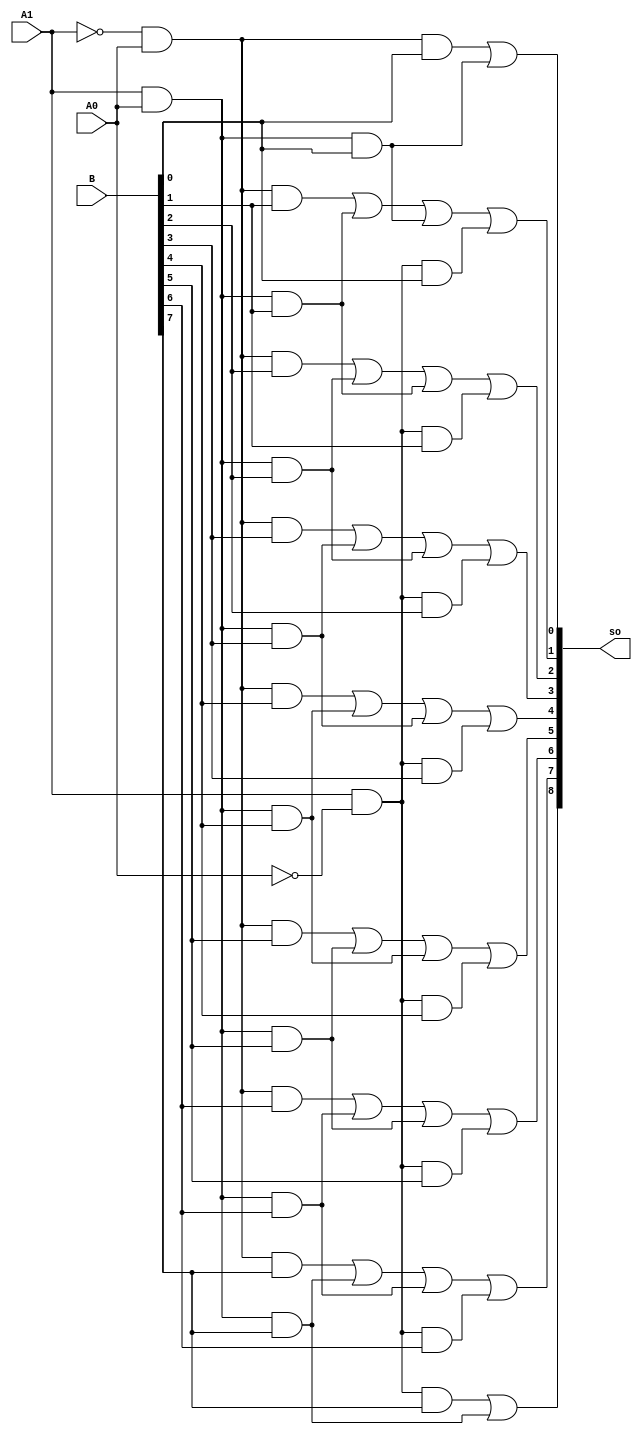
`timescale 1ns / 1ps

module decoderbasedLPM(B,A1,A0,so);

        input [7:0] B;
         input  A0;
         input A1;
        output [8:0] so;
     
   
        wire NB0,NB1,aB,Ab,AB,ap8,ap81,k1,a2,a3,a4,a5;            // always defined
     
  
        //Decoder part
        not X(NB0,A0);
        not Y(NB1,A1);
        and Ak(aB,NB1,A0);
        and Ak1(Ab,A1,NB0);
        and Ak2(AB,A1,A0);
    
   //s0
        
            and aIk0(a3,aB,B[0]);
                and akI0(a4,AB,B[0]);
                or akk0(so[0],a3,a4);
      //calculation of p7 till p1
  //s1
             and ak(k1,aB,B[1]);
             and aI(a2,AB,B[1]);
             and aIk(a31,AB,B[0]);
             and akI(a41,Ab,B[0]);
             or akk(so[1],k1,a2,a31,a41);
             
   //s2
                and ak1(k12,aB,B[2]);
   and aI1(a22,AB,B[2]);
   and aIk1(a32,AB,B[1]);
   and akI1(a42,Ab,B[1]);
   or akk1(so[2],k12,a22,a32,a42);
//s3
     and ak2(k13,aB,B[3]);
        and aI2(a23,AB,B[3]);
        and aIk2(a33,AB,B[2]);
        and akI2(a43,Ab,B[2]);
        or akk2(so[3],k13,a23,a33,a43);
//s4
            and ak3(k14,aB,B[4]);
        and aI3(a24,AB,B[4]);
        and aIk3(a34,AB,B[3]);
        and akI3(a44,Ab,B[3]);
        or akk3(so[4],k14,a24,a34,a44);
//s5    
     and ak4(k15,aB,B[5]);
        and aI4(a25,AB,B[5]);
        and aIk4(a35,AB,B[4]);
        and akI4(a45,Ab,B[4]);
        or akk4(so[5],k15,a25,a35,a45);
//s6
     and ak5(k16,aB,B[6]);
        and aI5(a26,AB,B[6]);
        and aIk5(a36,AB,B[5]);
        and akI5(a46,Ab,B[5]);
        or akk5(so[6],k16,a26,a36,a46);
//s7
     and ak6(k17,aB,B[7]);
        and aI6(a27,AB,B[7]);
        and aIk6(a37,AB,B[6]);
        and akI6(a47,Ab,B[6]);
        or akk6(so[7],k17,a27,a37,a47);
//s8

    and aIk7(a38,Ab,B[7]);
        and akI7(a48,AB,B[7]);
        or akk7(so[8],a38,a48);
             
 endmodule